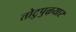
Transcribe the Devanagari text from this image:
तोटुपुऴयार